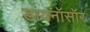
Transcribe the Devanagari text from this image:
डायनॉसॉर